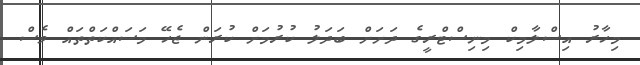
މިހާރު އިސްލާމިކް މިނިސްޓްރީގެ ދަށަށް ބަދަލު ކުރުމަށް ކުރަން ޖެހޭ މަސައްކަތްތައް ވެސް